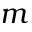
m